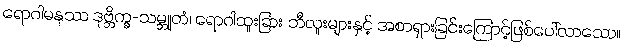
ရောဂါမနုဿ ဒုဗ္ဘိက္ခ-သမ္ဘူတံ၊ ရောဂါထူးခြား ဘီလူးများနှင့် အစာရှားခြင်းကြောင့်ဖြစ်ပေါ်လာသော။